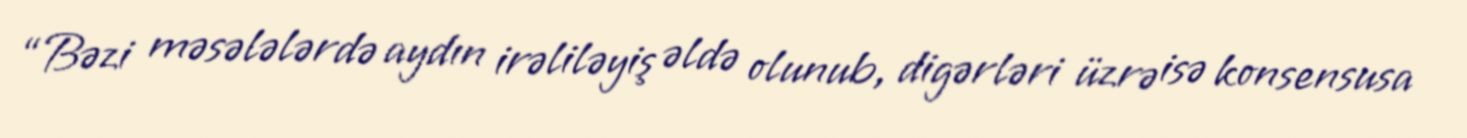
“Bəzi məsələlərdə aydın irəliləyiş əldə olunub, digərləri üzrə isə konsensusa